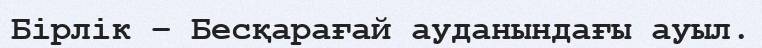
Бірлік – Бесқарағай ауданындағы ауыл.